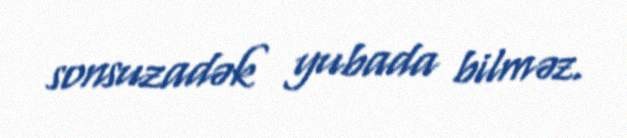
sonsuzadək yubada bilməz.